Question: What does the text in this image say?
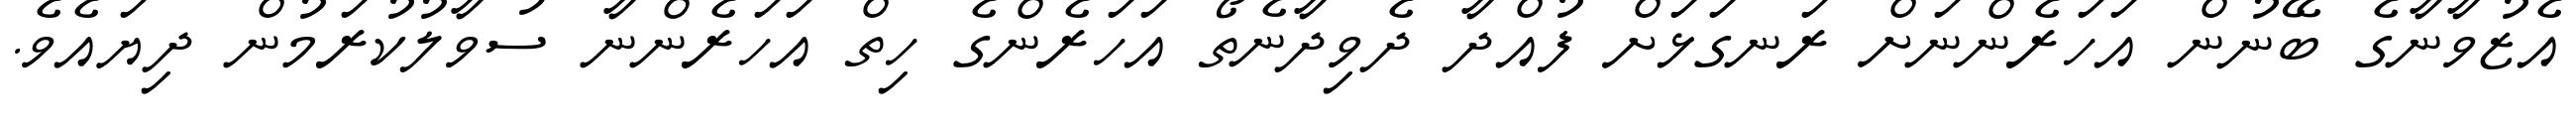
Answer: އެޒުވާނާގެ ބޭނުން އަހަރެންނަށް ރަނގަޅަށް ފުއްދާ ދެވިދާނެތޯ އަހަރެންގެ ހިތް އަހަރެންނާ ސުވާލުކުރަމުން ދިޔައެވެ.